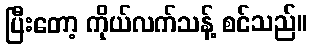
ပြီးတော့ ကိုယ်လက်သန့် စင်သည်။